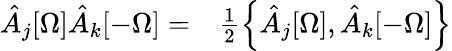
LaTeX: \begin{array}{rl}{\hat{A}_{j}[\Omega]\hat{A}_{k}[-\Omega]=}&{{}\frac{1}{2}\left\{ \hat{A}_{j}[\Omega],\hat{A}_{k}[-\Omega]\right\} }\end{array}